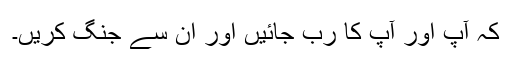
کہ آپ اور آپ کا رب جائیں اور ان سے جنگ کریں۔